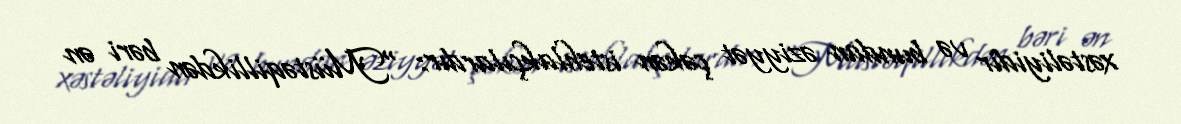
xəstəliyidir və bundan əziyyət çəkən istehlakçılardır: “Müstəqillikdən bəri ən